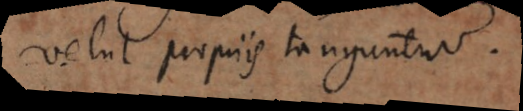
velut propriis tanguntur.